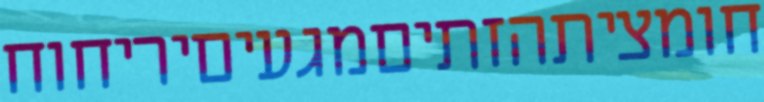
חומציתהזתיםמגעיםיריחוח